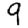
Digit: 9